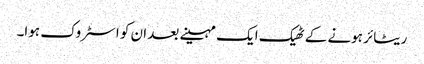
ریٹائر ہونے کے ٹھیک ایک مہینے بعد ان کو اسٹروک ہوا۔